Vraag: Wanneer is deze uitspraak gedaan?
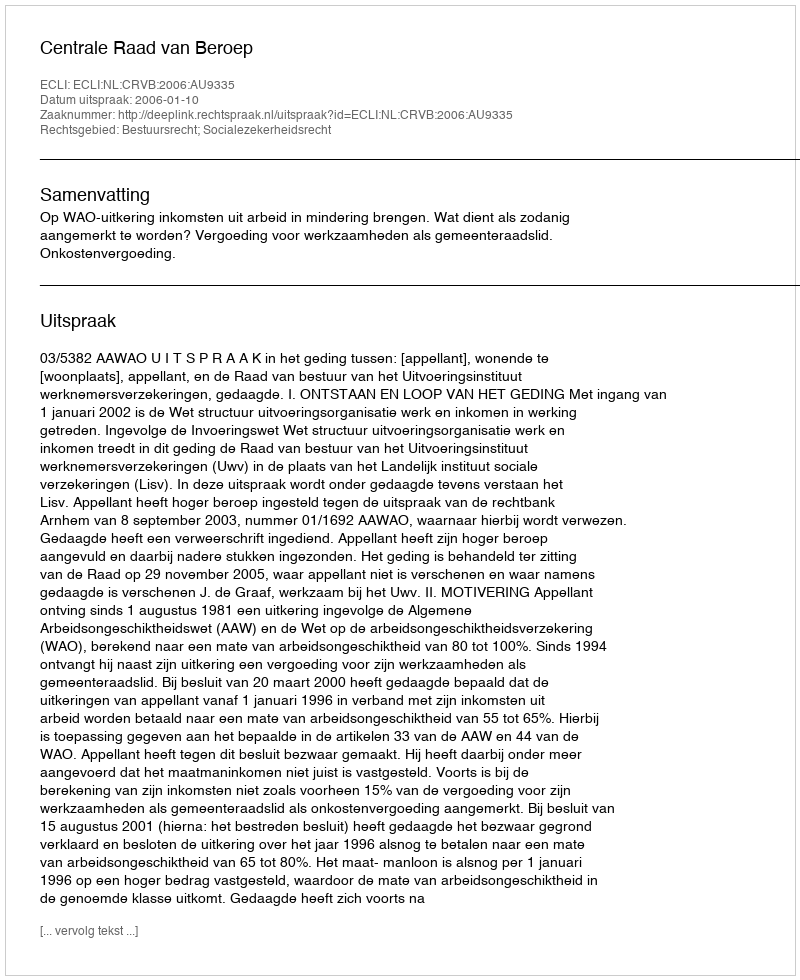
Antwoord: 2006-01-10